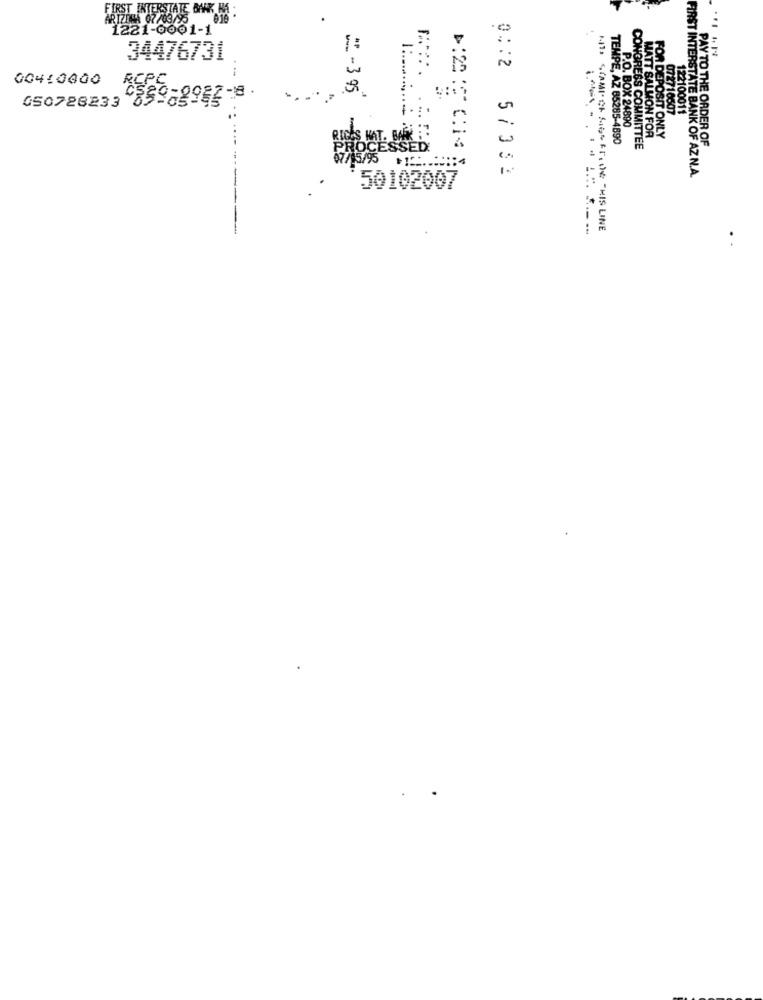
FIRST INTERSTATE BANK NA :
ARIZONA 07/03/95 016
1221-0001-1
34476731
00410000
FOR DEP
00 : 2
050726233 CFSorgog-8.
2 - 3 95
072710607
122100011
P.O. BOX 24890
RIGES HAT. BARK :
12014
TEMPE, AZ 85285-4890
MATT SALMON FOR
EPOSIT ONLY
PAY TO THE ORDER OF
PROCESSED
CONGRESS COMMITTEE
5/352
FIRST INTERSTATE BANK OF AZ N.A.
50102007